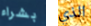
بشراء الذي